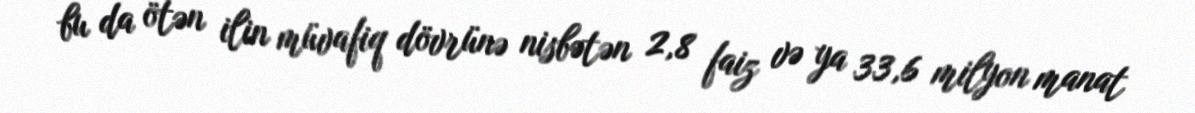
bu da ötən ilin müvafiq dövrünə nisbətən 2,8 faiz və ya 33,6 milyon manat